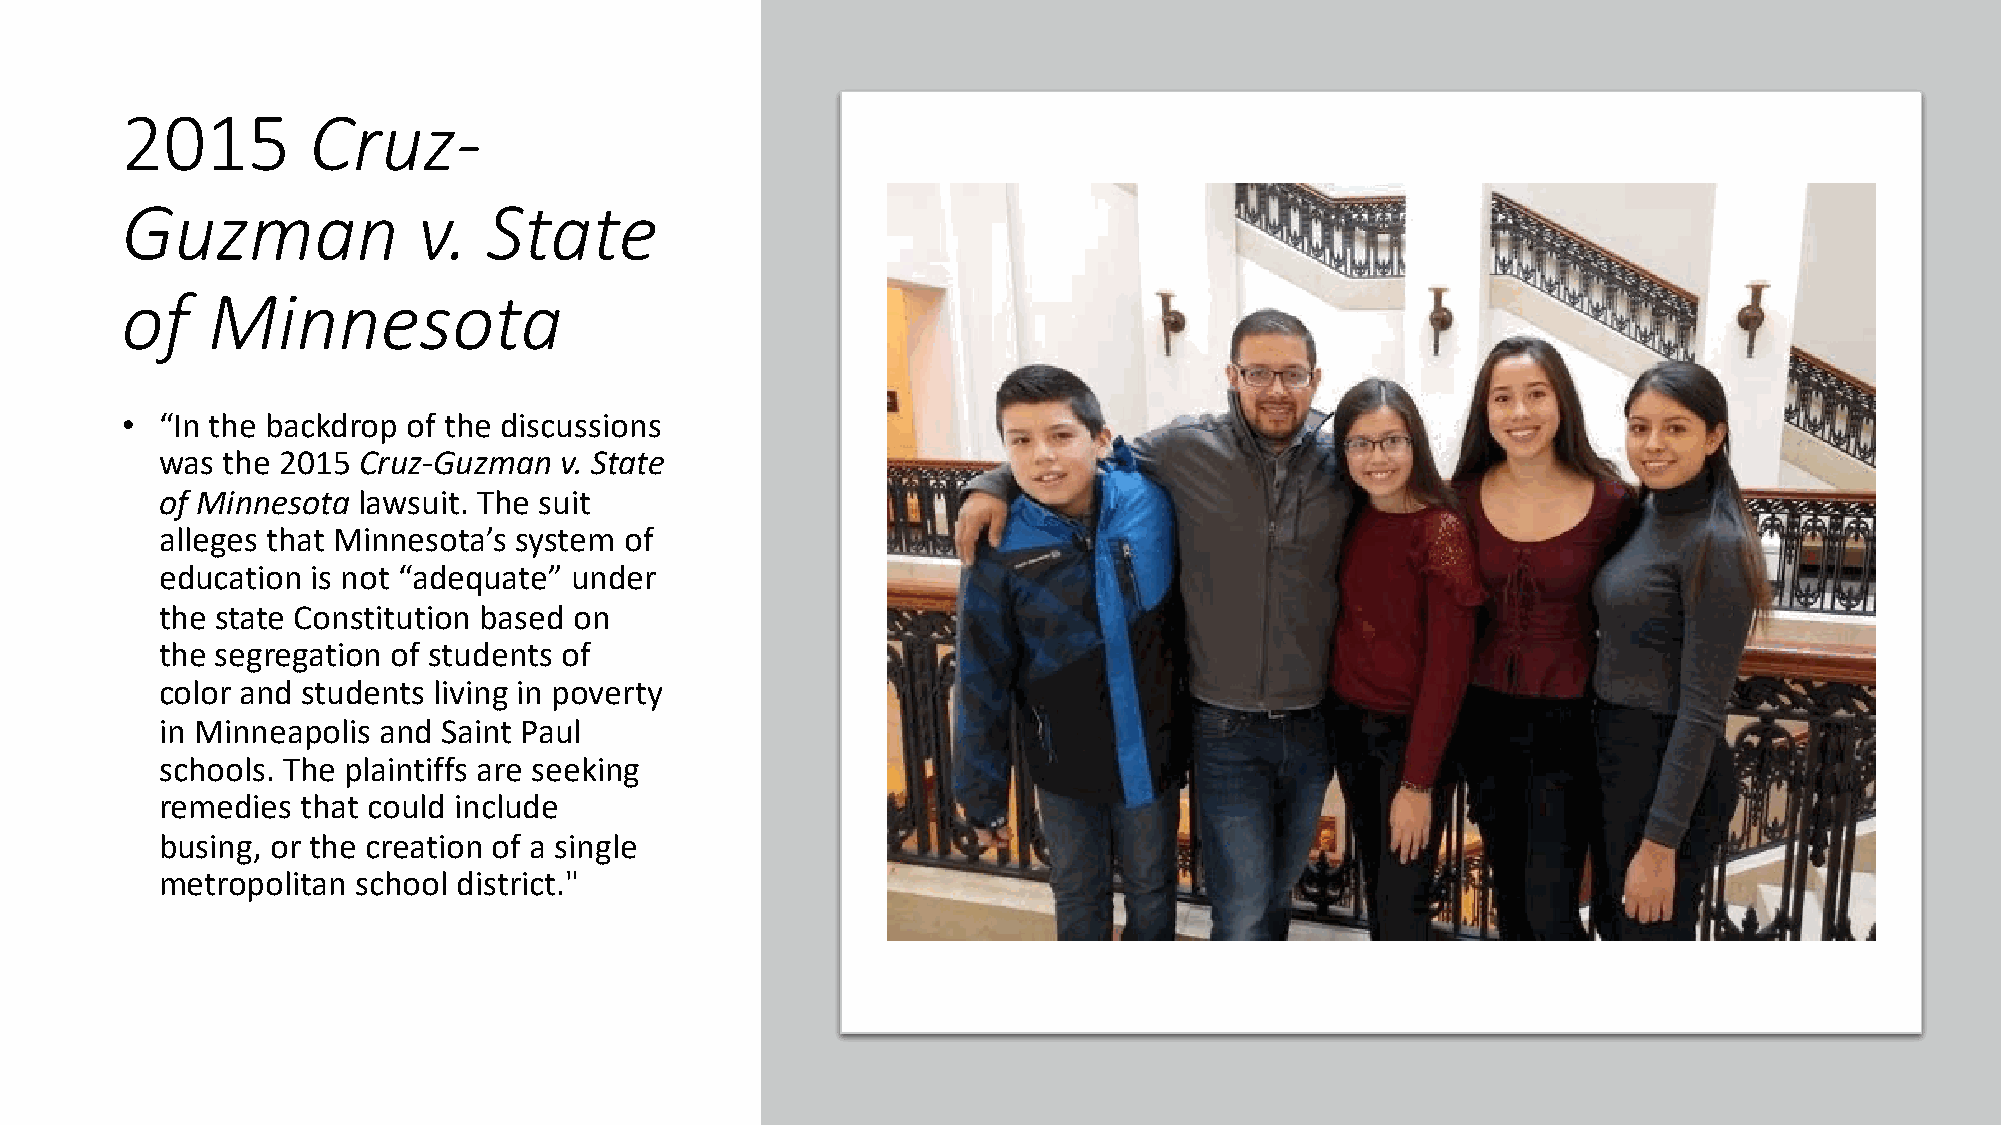
2015        Cruz-
 Guzman              v.  State
 of    Minnesota
 •  “In the backdrop of the discussions
 was the 2015 Cruz-Guzman  v. State
 of Minnesota lawsuit. The suit
 alleges that Minnesota’s system of
 education is not “adequate” under
 the state Constitution based on
 the segregation of students of
 color and students living in poverty
 in Minneapolis and Saint Paul
 schools. The plaintiffs are seeking
 remedies that could include
 busing, or the creation of a single
 metropolitan school district."